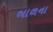
બાળના